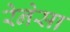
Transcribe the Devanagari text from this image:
रेनेसा